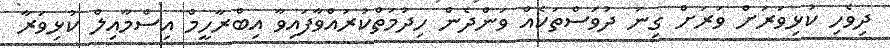
ދިވެހި ކުޅިވަަރަށް ވަރަށް ގިނަ ދުވަސްތަކެއް ވަންދެން ހިދުމަތްކުރައްވާފައިވާ އިބްރާހީމް އިސްމާއިލް ކުޅިވަރާ